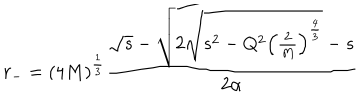
r _ { - } = ( 4 M ) ^ { \frac 1 3 } \frac { \sqrt { s } - \sqrt { 2 \sqrt { s ^ { 2 } - Q ^ { 2 } \left( \frac { 2 } { M } \right) ^ { \frac 4 3 } } - s } } { 2 \alpha }